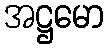
အဋ္ဌမော